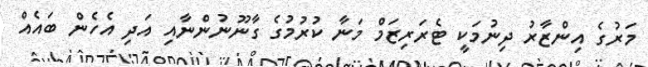
މަރުގެ އިންޒާރު ދިނުމަކީ ޓެރަރިޒަމް މަނާ ކުރުމުގެ ގާނޫނުންނާއި އަދި އެހެން ބައެއް